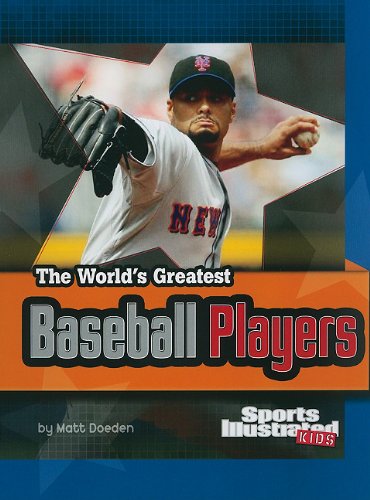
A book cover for The World's Greatest Baseball Players (The World's Greatest Sports Stars (Sports Illustrated for Kids)); Matt Doeden; Children's Books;